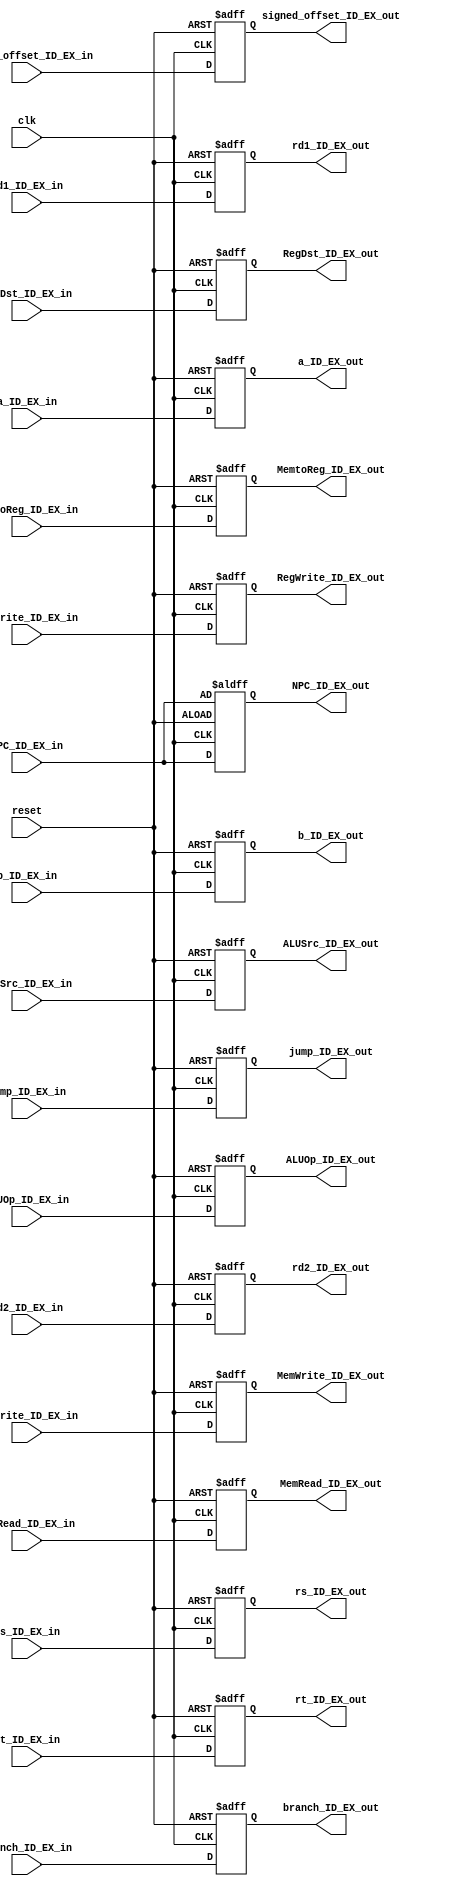
module ID_EX_register
(
    input wire reset, clk, // common to all pipeline registers

    // control unit signals
    input wire MemtoReg_ID_EX_in, // To WB stage
    input wire RegWrite_ID_EX_in, // To WB stage

    input wire jump_ID_EX_in,
    input wire branch_ID_EX_in, // To MEM stage
    input wire MemWrite_ID_EX_in,       // To MEM stage
    input wire MemRead_ID_EX_in,        // To MEM stage

    input wire RegDst_ID_EX_in,      // To execute stage
    input wire [1:0]ALUOp_ID_EX_in,  // To execute stage
    input wire ALUSrc_ID_EX_in,      // To execute stage

    //input from decode stage
    input wire [31:0]NPC_ID_EX_in,
    input wire [31:0]a_ID_EX_in,
    input wire [31:0]b_ID_EX_in,
    input wire [31:0]signed_offset_ID_EX_in,

    input wire [4:0] rs_ID_EX_in, // rs from decode
    input wire [4:0] rt_ID_EX_in, // rt from decode

    input wire [4:0] rd1_ID_EX_in,
    input wire [4:0] rd2_ID_EX_in,

    // output ports
    output reg MemtoReg_ID_EX_out, // To WB stage
    output reg RegWrite_ID_EX_out, // To WB stage

    output reg jump_ID_EX_out,
    output reg branch_ID_EX_out, // To MEM stage
    output reg MemWrite_ID_EX_out,       // To MEM stage
    output reg MemRead_ID_EX_out,        // To MEM stage

    output reg RegDst_ID_EX_out,      // To execute stage
    output reg [1:0]ALUOp_ID_EX_out,  // To execute stage
    output reg ALUSrc_ID_EX_out,      // To execute stage


    output reg [31:0]NPC_ID_EX_out,
    output reg [31:0]a_ID_EX_out,
    output reg [31:0]b_ID_EX_out,
    output reg [31:0]signed_offset_ID_EX_out,

    output reg [4:0] rs_ID_EX_out, // rs from decode
    output reg [4:0] rt_ID_EX_out, // rt from decode
    
    output reg [4:0] rd1_ID_EX_out,
    output reg [4:0] rd2_ID_EX_out

    );

    always @ (posedge clk or negedge reset)
        begin
            if(!reset)
                begin
                    MemtoReg_ID_EX_out <= 0;
                    RegWrite_ID_EX_out <= 0;

                    jump_ID_EX_out <= 0;
                    branch_ID_EX_out <= 0;
                    MemWrite_ID_EX_out <= 0;
                    MemRead_ID_EX_out <= 0;

                    RegDst_ID_EX_out <= 0;
                    ALUOp_ID_EX_out <= 0;
                    ALUSrc_ID_EX_out <= 0;


                    a_ID_EX_out <= 0;
                    b_ID_EX_out <= 0;
                    signed_offset_ID_EX_out <= 0;

                    rs_ID_EX_out <= 0;
                    rt_ID_EX_out <= 0;

                    rd1_ID_EX_out <= 0;
                    rd2_ID_EX_out <= 0;

                    NPC_ID_EX_out <= NPC_ID_EX_in;
                end
            else 
                begin
                    MemtoReg_ID_EX_out <= MemtoReg_ID_EX_in;
                    RegWrite_ID_EX_out <= RegWrite_ID_EX_in;

                    jump_ID_EX_out <= jump_ID_EX_in;
                    branch_ID_EX_out <= branch_ID_EX_in;
                    MemWrite_ID_EX_out <= MemWrite_ID_EX_in;
                    MemRead_ID_EX_out <= MemRead_ID_EX_in;

                    RegDst_ID_EX_out <= RegDst_ID_EX_in;
                    ALUOp_ID_EX_out <= ALUOp_ID_EX_in;
                    ALUSrc_ID_EX_out <= ALUSrc_ID_EX_in;

                    a_ID_EX_out <= a_ID_EX_in;
                    b_ID_EX_out <= b_ID_EX_in;
                    signed_offset_ID_EX_out <= signed_offset_ID_EX_in;

                    rs_ID_EX_out <= rs_ID_EX_in;
                    rt_ID_EX_out <= rt_ID_EX_in;
                    rd1_ID_EX_out <= rd1_ID_EX_in;
                    rd2_ID_EX_out <= rd2_ID_EX_in;

                    NPC_ID_EX_out <= NPC_ID_EX_in;
                end
        end

    endmodule